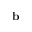
\bf b